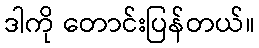
ဒါကို တောင်းပြန်တယ်။